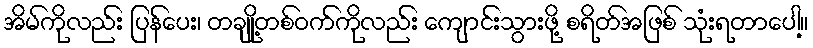
အိမ်ကိုလည်း ပြန်ပေး၊ တချို့တစ်ဝက်ကိုလည်း ကျောင်းသွားဖို့ စရိတ်အဖြစ် သုံးရတာပေါ့။